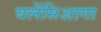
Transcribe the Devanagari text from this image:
बलेंसिआगा